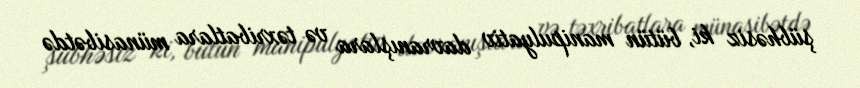
şübhəsiz ki, bütün manipulyativ davranışlara və təxribatlara münasibətdə